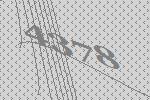
4378